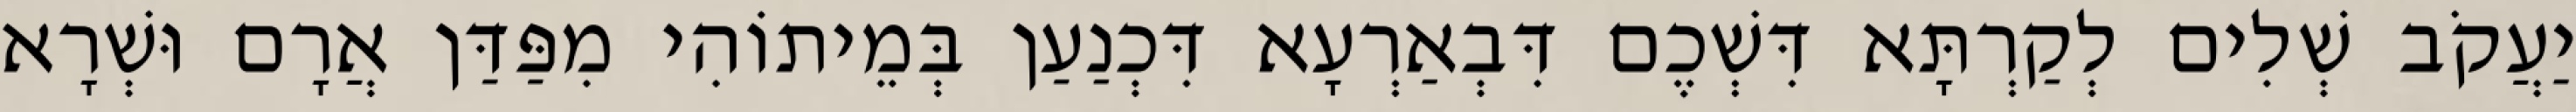
יַעֲקֹב שְׁלִים לְקַרְתָּא דִּשְׁכֶם דִּבְאַרְעָא דִּכְנַעַן בְּמֵיתוֹהִי מִפַּדַּן אֲרָם וּשְׁרָא